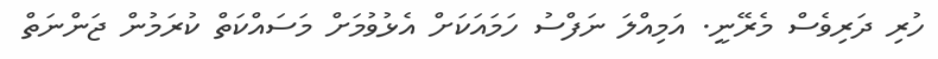
ހުރި ދަރިވެސް މެރޭނީ. އަމިއްލަ ނަފްސު ހަމައަކަށް އެޅުވުމަށް މަސައްކަތް ކުރަމުން ޖަންނަތް